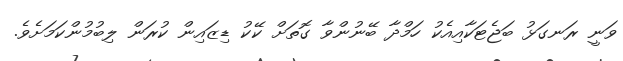
ވަނީ ރަނގަޅު ބަޖެޓަކާއިއެކު ހަމްދާ ބޭނުންވާ ގޮތަށް ކޭކު ޑިޒައިން ކުރަން ލިބުމުންކަމަށެވެ.